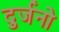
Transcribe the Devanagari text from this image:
दुर्जनो